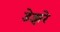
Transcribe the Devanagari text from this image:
डेझरे